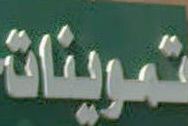
تمرينات